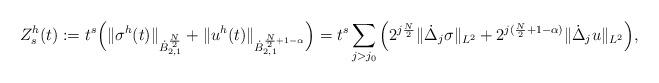
LaTeX: \begin{align*} Z_s^h(t) := t^s\Big(\Vert \sigma^h(t)\Vert_{ \dot{B}^{\frac{N}{2}}_{2,1}} + \Vert u^h(t)\Vert_{\dot{B}^{\frac{N}{2}+1-\alpha}_{2,1}}\Big) = t^s \sum_{j > j_0} \Big(2^{j\frac{N}{2}} \|\dot \Delta_j \sigma\|_{L^2} + 2^{j(\frac{N}{2}+1-\alpha )} \|\dot \Delta_j u\|_{L^2} \Big),\end{align*}